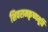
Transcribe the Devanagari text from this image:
शिवरामकृष्णमूर्ति